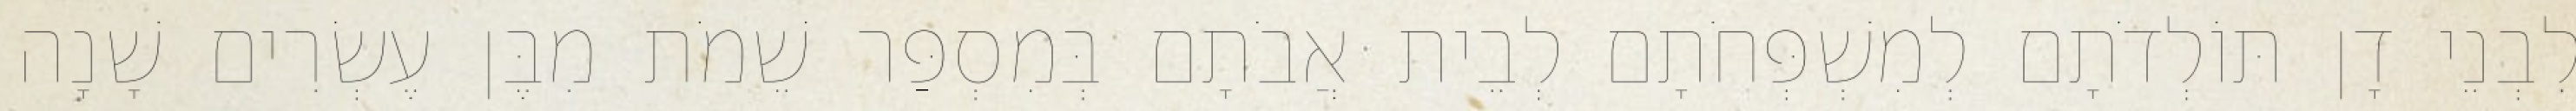
לִבְנֵי דָן תּוֹלְדֹתָם לְמִשְׁפְּחֹתָם לְבֵית אֲבֹתָם בְּמִסְפַּר שֵׁמֹת מִבֶּן עֶשְׂרִים שָׁנָה